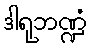
ဒါရုဘဏ္ဍံ